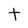
Character: t